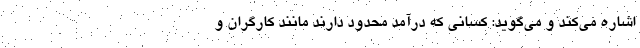
اشاره می‌کند و می‌گوید: کسانی که درآمد محدود دارند مانند کارگران و